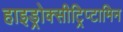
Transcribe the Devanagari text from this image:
हाइड्रोक्सीट्रिप्टामिन